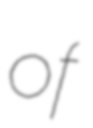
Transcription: of